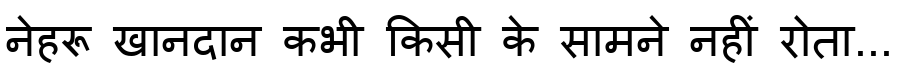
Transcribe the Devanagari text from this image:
नेहरू खानदान कभी किसी के सामने नहीं रोता...